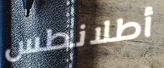
أطلانطس